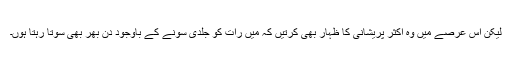
لیکن اس عرصے میں وہ اکثر پریشانی کا ظہار بھی کرتیں کہ میں رات کو جلدی سونے کے باوجود دن بھر بھی سوتا رہتا ہوں۔